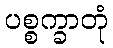
ပစ္စက္ခာတုံ